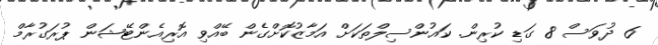
6 ދުވަސް 8 ގަޑި ކުރިން. ކައުންސިލްތަކަށް އަމާޒުކޮށްގެން ބޭއްވި އޮރިއެންޓޭޝަން ޕުރަގުރާމް